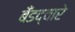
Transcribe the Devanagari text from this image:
बँडद्वारे